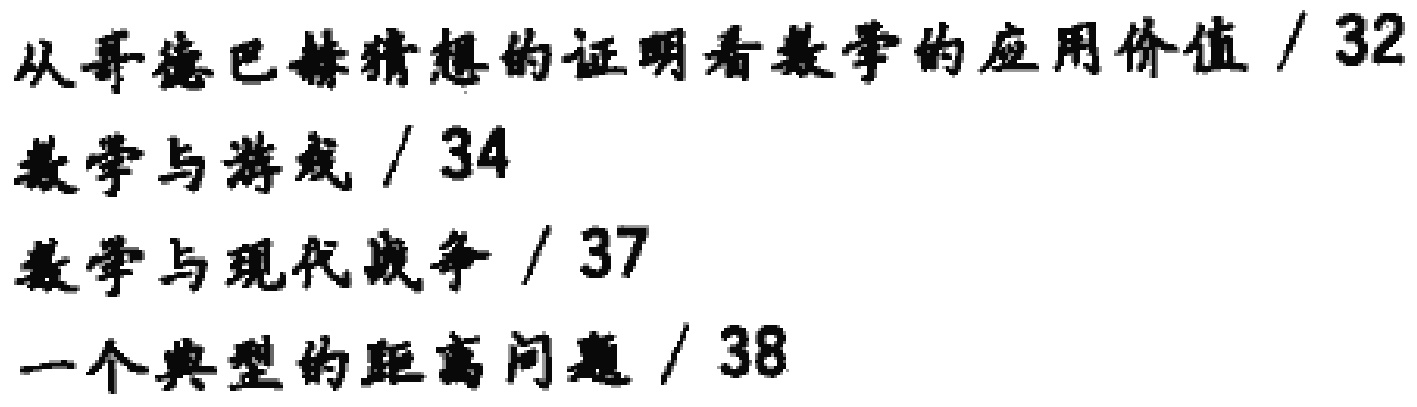
从哥德巴赫猜想的证明看数学的应用价值 / 32

数学与游戏 / 34

数学与现代战争 / 37

一个典型的距离问题 / 38